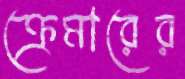
ক্রেমারের